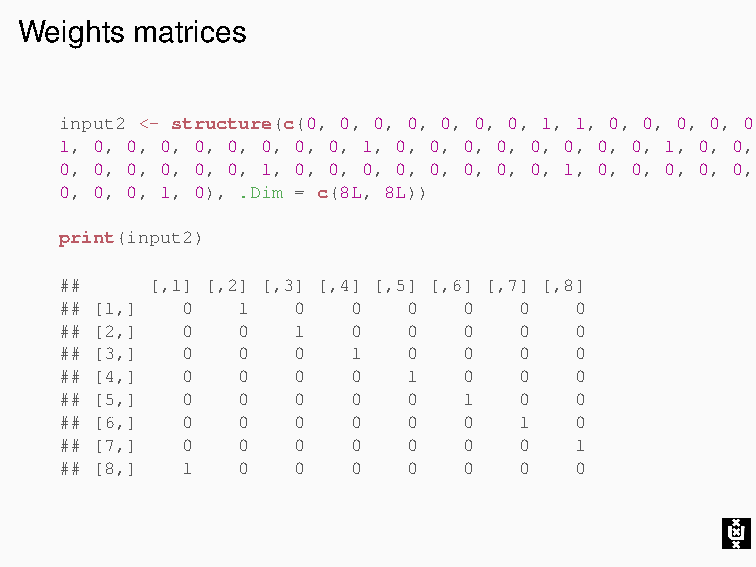
Weights matrices
 input2 <- structure(c(0, 0, 0, 0, 0, 0, 0, 1, 1, 0, 0, 0, 0, 0, 0, 0, 0,
 1, 0, 0, 0, 0, 0, 0, 0, 0, 1, 0, 0, 0, 0, 0, 0, 0, 0, 1, 0, 0,
 0, 0, 0, 0, 0, 0, 1, 0, 0, 0, 0, 0, 0, 0, 0, 1, 0, 0, 0, 0, 0,
 0, 0, 0, 1, 0), .Dim = c(8L, 8L))
 print(input2)
 ##    [,1] [,2] [,3] [,4] [,5] [,6] [,7] [,8]
 ## [1,] 0   1  0   0   0   0  0   0
 ## [2,] 0   0  1   0   0   0  0   0
 ## [3,] 0   0  0   1   0   0  0   0
 ## [4,] 0   0  0   0   1   0  0   0
 ## [5,] 0   0  0   0   0   1  0   0
 ## [6,] 0   0  0   0   0   0  1   0
 ## [7,] 0   0  0   0   0   0  0   1
 ## [8,] 1   0  0   0   0   0  0   0